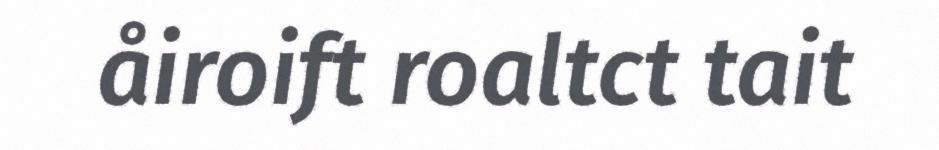
åiroift roaltct tait